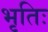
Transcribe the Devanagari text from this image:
भृतिः